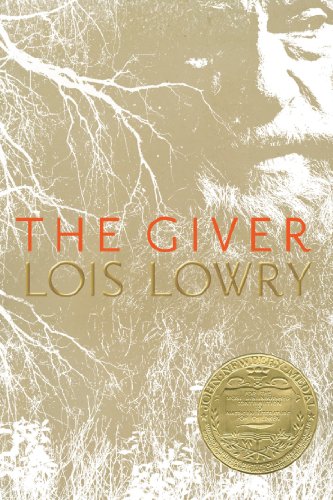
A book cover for The Giver (Giver Quartet); Lois Lowry; Teen & Young Adult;